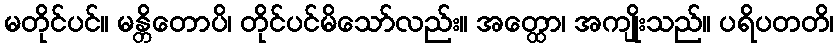
မတိုင်ပင်။ မန္တိတောပိ၊ တိုင်ပင်မိသော်လည်း။ အတ္ထော၊ အကျိုးသည်။ ပရိပတတိ၊